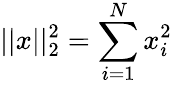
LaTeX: ||x||_{2}^{2}=\sum_{i=1}^{N}x_{i}^{2}